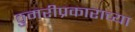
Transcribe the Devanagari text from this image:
ठुमरीप्रकाराच्या